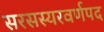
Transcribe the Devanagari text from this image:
सरसस्यरवर्णपद